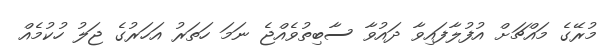
މުރޭގެ މައްޗަށް އުފުލާފައިވާ ދައުވާ ސާބިތުވެއްޖެ ނަމަ ހަތަރު އަހަރުގެ ޖަލު ހުކުމެއް